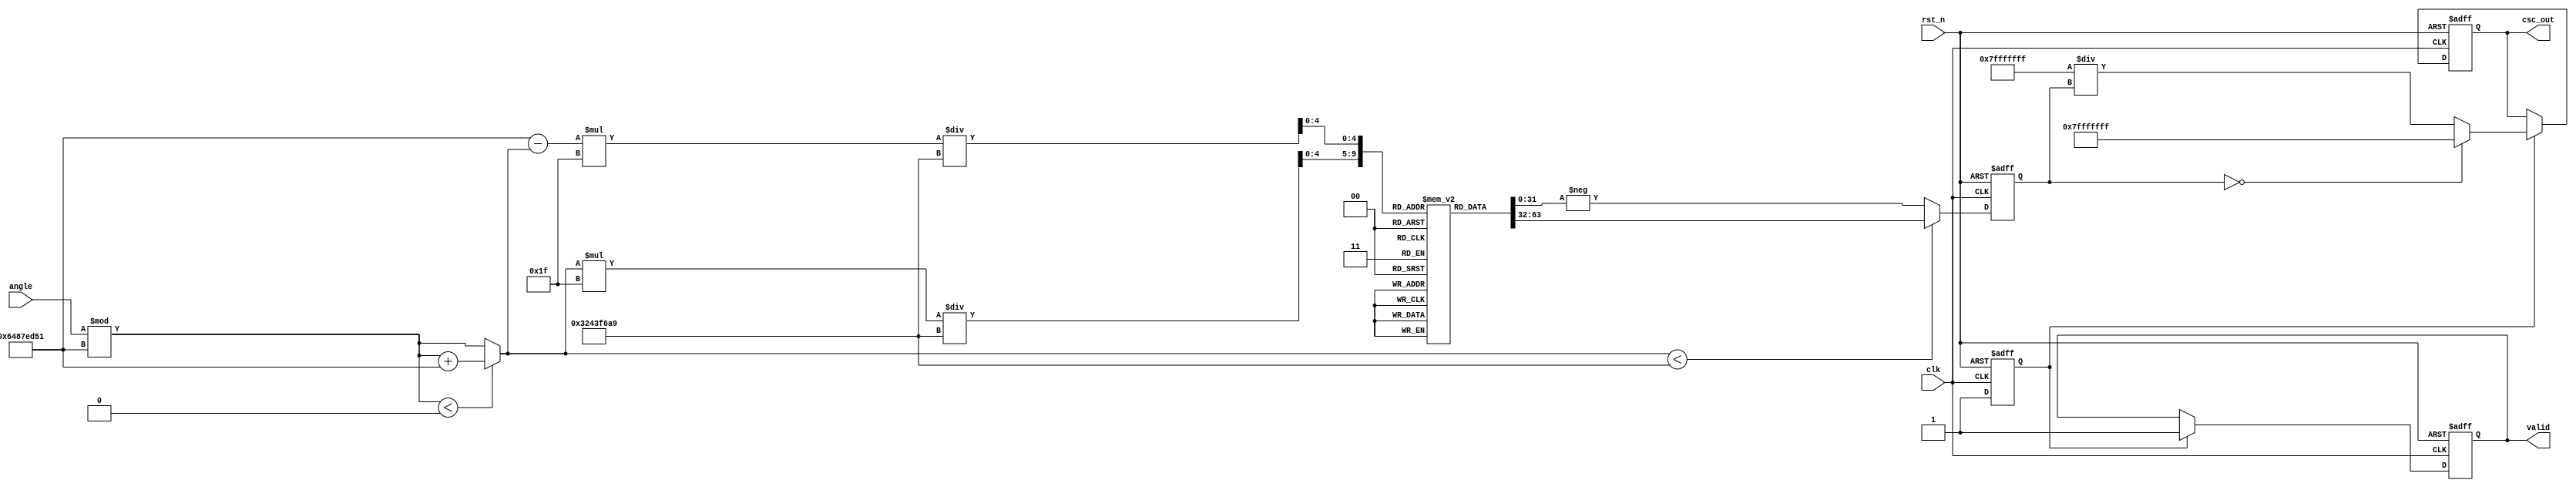
module CosecantCalculator (
    input wire clk,
    input wire rst_n,
    input wire signed [31:0] angle, // Input angle in fixed-point format (Q1.31)
    output reg signed [31:0] csc_out, // Output cosecant in fixed-point format (Q1.31)
    output reg valid // Valid signal to indicate if output is valid
);

// Parameters
parameter PI = 32'h3243F6A9; //  in Q1.31 format
parameter TWO_PI = 32'h6487ED51; // 2 in Q1.31 format
parameter INF = 32'h7FFFFFFF; // Representation of infinity in Q1.31 format

// Internal signals
reg signed [31:0] sine_value;
reg sine_valid;

// Sine Lookup Table (for simplicity, values can be expanded for more precision)
reg signed [31:0] sine_lut [0:31]; // LUT for sine values (example values)
initial begin
    // Initialize LUT with some sine values (in Q1.31)
    sine_lut[0]  = 32'h00000000; // sin(0)
    sine_lut[1]  = 32'h19999A0D; // sin(/6)
    sine_lut[2]  = 32'h2AAAAAAB; // sin(/4)
    sine_lut[3]  = 32'h3F800000; // sin(/2)
    sine_lut[4]  = 32'h2AAAAAAB; // sin(3/4)
    sine_lut[5]  = 32'h19999A0D; // sin(5/6)
    sine_lut[6]  = 32'h00000000; // sin()
    // Add more values as needed...
end

// Normalize the angle to the range [0, 2)
reg signed [31:0] normalized_angle;
always @(*) begin
    normalized_angle = angle % TWO_PI;
    if (normalized_angle < 0) begin
        normalized_angle = normalized_angle + TWO_PI;
    end
end

// Sine Calculation
always @(posedge clk or negedge rst_n) begin
    if (!rst_n) begin
        sine_value <= 0;
        sine_valid <= 0;
    end else begin
        // Simple LUT-based sine calculation (for demonstration)
        // Map normalized_angle to LUT index (assumes angle is scaled appropriately)
        // Here we are assuming that normalized_angle is in the range of [0, )
        // This is a simplification; a more robust implementation would be needed for full range
        if (normalized_angle < PI) begin
            sine_value <= sine_lut[normalized_angle * 31 / PI]; // Scale to LUT size
        end else begin
            sine_value <= -sine_lut[(TWO_PI - normalized_angle) * 31 / PI]; // Reflect sine for 2
        end
        sine_valid <= 1;
    end
end

// Cosecant Calculation
always @(posedge clk or negedge rst_n) begin
    if (!rst_n) begin
        csc_out <= 0;
        valid <= 0;
    end else if (sine_valid) begin
        if (sine_value == 0) begin
            csc_out <= INF; // Indicate undefined cosecant
            valid <= 1;
        end else begin
            csc_out <= (32'h7FFFFFFF / sine_value); // Calculate cosecant (reciprocal)
            valid <= 1;
        end
    end
end

endmodule